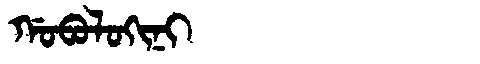
Manchu: ᡤᠣᠪᠣᠯᠣᡴᡳᠨᡳ
Romanization: GOBOLOKINI